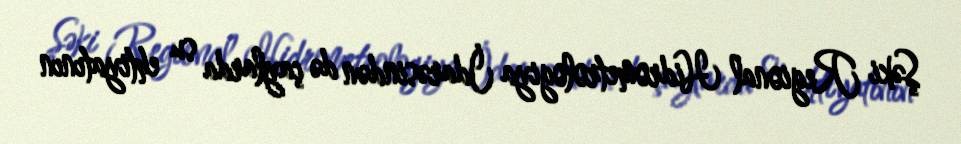
Şəki Regional Hidrometrologiya İdarəsindən də çaylarda su ehtiyatının